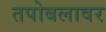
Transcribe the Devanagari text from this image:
तपोबलावर